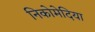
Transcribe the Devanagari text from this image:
निकोमेदिया